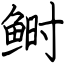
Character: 鲥